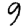
Digit: 9